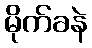
မိုက်ခနဲ